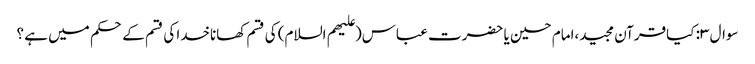
سوال ۳: کیاقرآن مجید،امام حسین یا حضرت عباس(علیهم السلام) کی قسم کھاناخدا کی قسم کے حکم میں ہے ؟